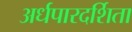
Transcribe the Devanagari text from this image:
अर्धपारदर्शिता